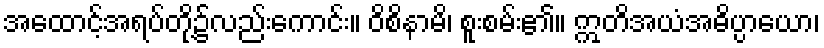
အထောင့်အရပ်တို့၌လည်းကောင်း။ ဝိစိနာမိ၊ စူးစမ်း၏။ ဣတိအယံအဓိပ္ပာယော၊